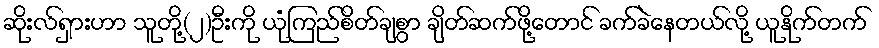
ဆိုးလ်ရှားဟာ သူတို့(၂)ဦးကို ယုံကြည်စိတ်ချစွာ ချိတ်ဆက်ဖို့တောင် ခက်ခဲနေတယ်လို့ ယူနိုက်တက်